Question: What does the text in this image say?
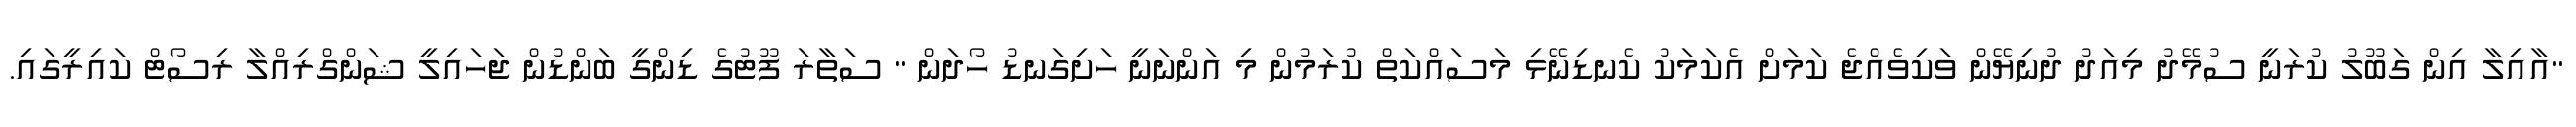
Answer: "އާއިލާ އިން ގަބޫލު ކުރަނީ ސުމޭދު މިއަދު ދުނިޔޭން ވަކިވެއްޖެ ކަމަށް އެކަމަކު ކެނޑިނޭޅި މަސައްކަތް ކުރަމުން މި އަންނަނީ ހަށިގަނޑު ހޯދަން " ސަތާރަ ފޫޓުގެ ޑިންގީ ބަންޑުން ޖަހައިލީ ޝަންގްރިއްލާ ރިސޯޓް ކައިރީގައި.